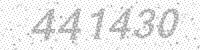
Solution: 441430